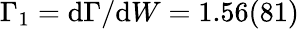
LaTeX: \Gamma_{1}=\mathrm{d}\Gamma/\mathrm{d}W=1.56(81)